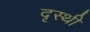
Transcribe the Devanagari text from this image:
दृस्थी